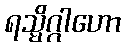
ရသ္မိဂ္ဂါဟော